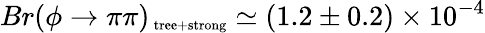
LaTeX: Br(\phi\rightarrow\pi\pi)_{\mathrm{\scriptsize~tree+strong}}\simeq(1.2\pm 0.2)\times 10^{-4}